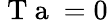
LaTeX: \mathrm{~T~a~}=0